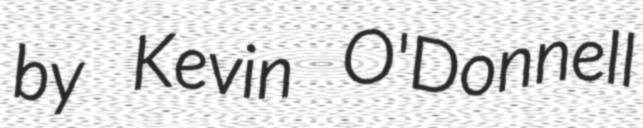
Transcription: by Kevin O'Donnell